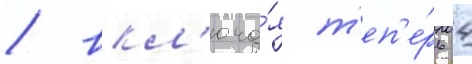
/ вкл'юча́я т'еп'е́рь 4